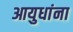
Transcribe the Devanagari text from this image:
आयुधांना